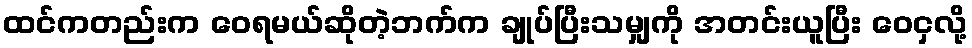
ထင်ကတည်းက ဝေရမယ်ဆိုတဲ့ဘက်က ချုပ်ပြီးသမျှကို အတင်းယူပြီး ဝေငှလို့